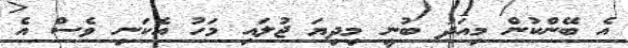
އެ ބޭންކުން މިއަދު ބުނީ މިދިޔަ ޖުލައި މަހު އެކަނި ވެސް އެ